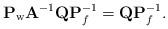
LaTeX: \begin{align*} \mathbf{P}_{\rm w}\mathbf{A}^{-1} \mathbf{Q}\mathbf{P}^{-1}_f = \mathbf{Q}\mathbf{P}^{-1}_f .\end{align*}